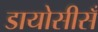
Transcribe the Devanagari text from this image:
डायोसीसँ